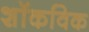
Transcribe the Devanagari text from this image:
शॉकविक